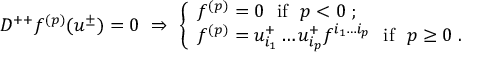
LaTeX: D ^ { + + } f ^ { ( p ) } ( u ^ { \pm } ) = 0 \ \Rightarrow \ \left\{ \begin{array} { l } { { f ^ { ( p ) } = 0 \ \ \mathrm { i f } \ \ p < 0 \; ; } } \\ { { f ^ { ( p ) } = u _ { i _ { 1 } } ^ { + } \ldots u _ { i _ { p } } ^ { + } f ^ { i _ { 1 } \ldots i _ { p } } \ \ \mathrm { i f } \ \ p \geq 0 \; . } } \end{array} \right.